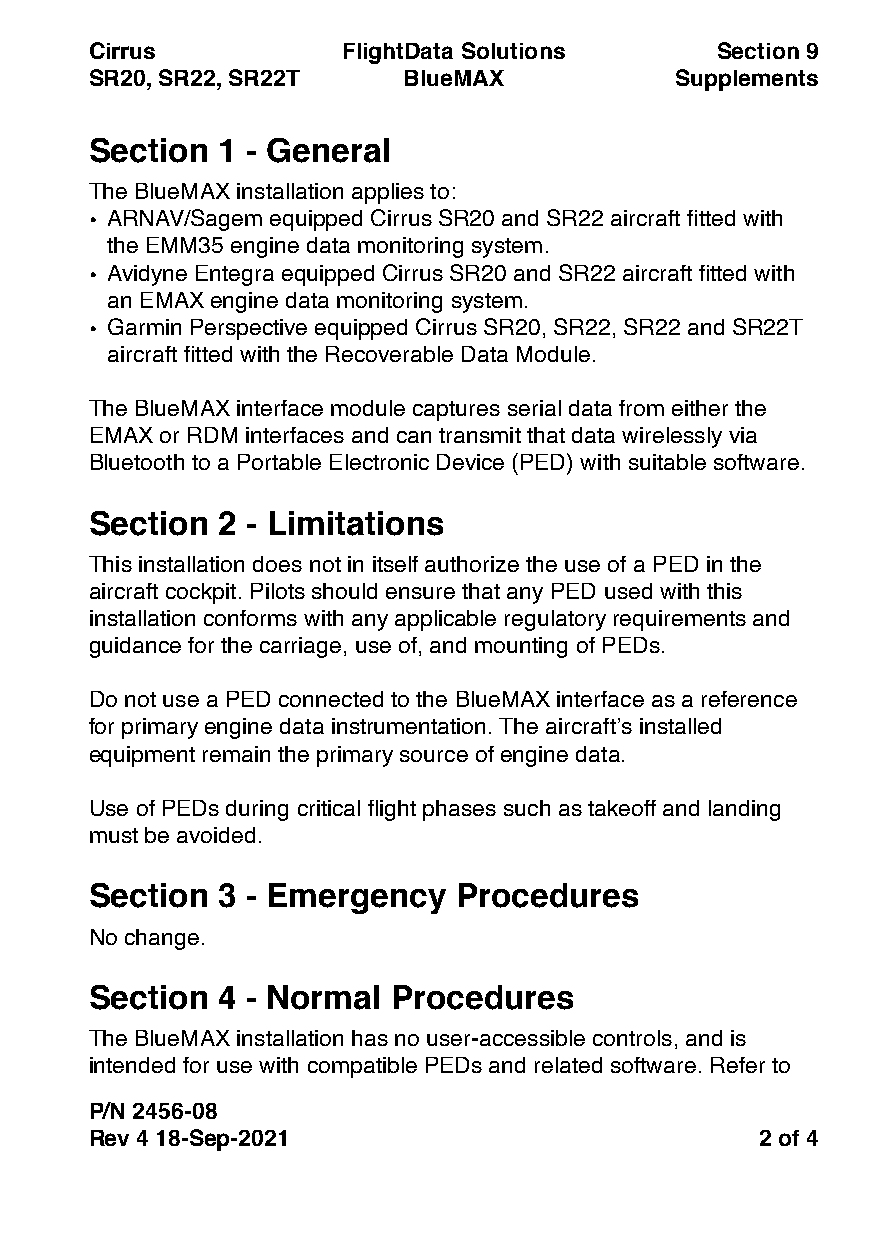
Cirrus           FlightData Solutions    Section 9
 SR20, SR22, SR22T    BlueMAX           Supplements
 Section 1 - General
 The BlueMAX installation applies to:
 • ARNAV/Sagem equipped Cirrus SR20 and SR22 aircraft fitted with
 the EMM35 engine data monitoring system.
 • Avidyne Entegra equipped Cirrus SR20 and SR22 aircraft fitted with
 an EMAX engine data monitoring system.
 • Garmin Perspective equipped Cirrus SR20, SR22, SR22 and SR22T
 aircraft fitted with the Recoverable Data Module.
 The BlueMAX interface module captures serial data from either the
 EMAX or RDM interfaces and can transmit that data wirelessly via
 Bluetooth to a Portable Electronic Device (PED) with suitable software.
 Section 2 - Limitations
 This installation does not in itself authorize the use of a PED in the
 aircraft cockpit. Pilots should ensure that any PED used with this
 installation conforms with any applicable regulatory requirements and
 guidance for the carriage, use of, and mounting of PEDs.
 Do not use a PED connected to the BlueMAX interface as a reference
 for primary engine data instrumentation. The aircraft’s installed
 equipment remain the primary source of engine data.
 Use of PEDs during critical flight phases such as takeoff and landing
 must be avoided.
 Section 3 - Emergency   Procedures
 No change.
 Section 4 - Normal  Procedures
 The BlueMAX installation has no user-accessible controls, and is
 intended for use with compatible PEDs and related software. Refer to
 P/N 2456-08
 Rev 4 18-Sep-2021                           2 of 4